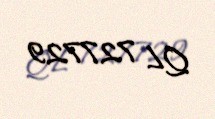
QL 727729